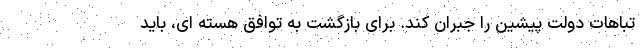
تباهات دولت پیشین را جبران کند. برای بازگشت به توافق هسته ای، باید